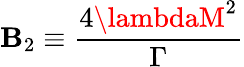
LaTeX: \mathbf{B}_{2}\equiv\frac{{4\lambdaM^{2}}}{{\Gamma}}